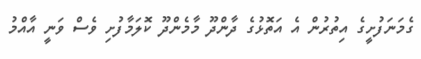
ގެމަނަފުށީގެ އިތުރުން އެ އަތޮޅުގެ ދާންދޫ މާމެންދޫ ކޮލަމާފުށި ވެސް ވަނީ އާއްމު